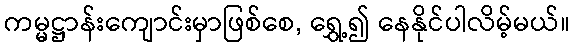
ကမ္မဋ္ဌာန်းကျောင်းမှာဖြစ်စေ, ရွှေ့၍ နေနိုင်ပါလိမ့်မယ်။